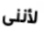
لأننى